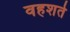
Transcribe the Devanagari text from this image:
वहशते